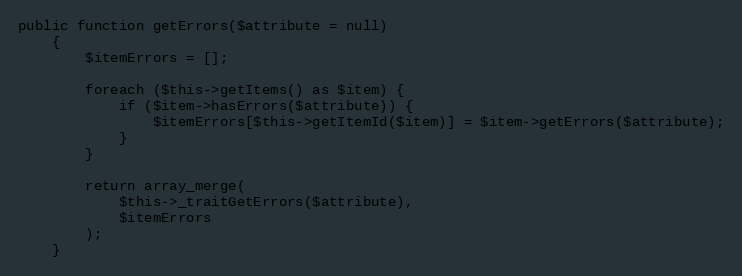
Language: PHP
public function getErrors($attribute = null)
    {
        $itemErrors = [];

        foreach ($this->getItems() as $item) {
            if ($item->hasErrors($attribute)) {
                $itemErrors[$this->getItemId($item)] = $item->getErrors($attribute);
            }
        }

        return array_merge(
            $this->_traitGetErrors($attribute),
            $itemErrors
        );
    }